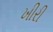
ખીરી